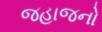
જહાજનો